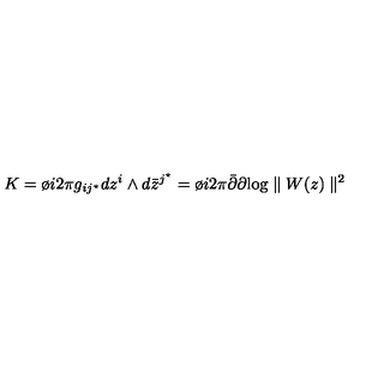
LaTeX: K = \o { i } { 2 \pi } g _ { i j ^ { \star } } d z ^ { i } \wedge d { \bar { z } } ^ { j ^ { \star } } = \o { i } { 2 \pi } { \bar { \partial } } \partial \mathrm { l o g } \parallel W ( z ) \parallel ^ { 2 }